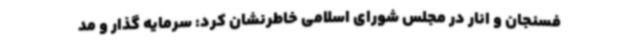
فسنجان و انار در مجلس شورای اسلامی خاطرنشان کرد: سرمایه گذار و مد